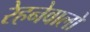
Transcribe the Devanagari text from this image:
रेहनेवालों